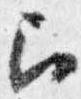
召